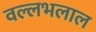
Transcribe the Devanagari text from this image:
वल्लभलाल